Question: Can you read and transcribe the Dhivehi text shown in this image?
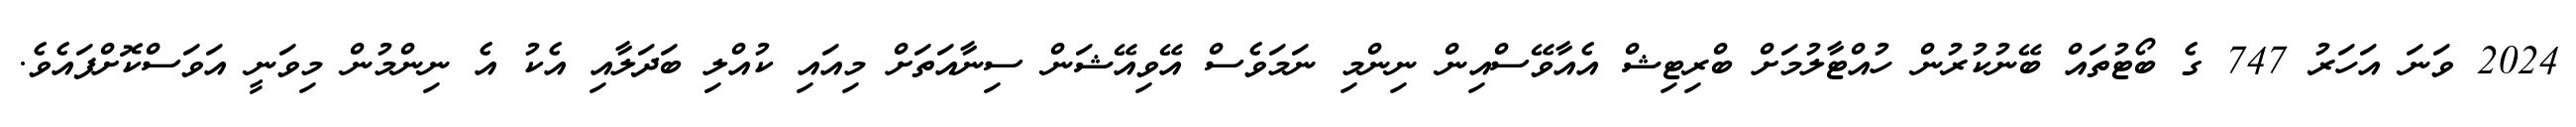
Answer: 2024 ވަނަ އަހަރު 747 ގެ ބޯޓުތައް ބޭނުކުރުން ހުއްޓާލުމަށް ބްރިޓިޝް އެއާވޭސްއިން ނިންމި ނަމަވެސް އޭވިއޭޝަން ސިނާއަތަށް މިއައި ކުއްލި ބަދަލާއި އެކު އެ ނިންމުން މިވަނީ އަވަސްކޮށްފައެވެ.